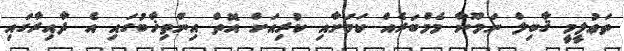
ތަޢުލީމީ ޤާބިލް ނަމޫނާ މެމްބަރެއް ކަމަށާއި ކުރިއަށް އޮތް އިންތިޚާބުގައި އެ ދާއިރާގައި